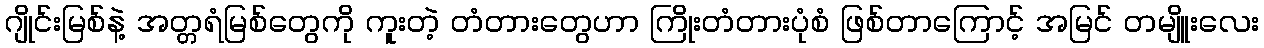
ဂျိုင်းမြစ်နဲ့ အတ္တရံမြစ်တွေကို ကူးတဲ့ တံတားတွေဟာ ကြိုးတံတားပုံစံ ဖြစ်တာကြောင့် အမြင် တမျိူးလေး